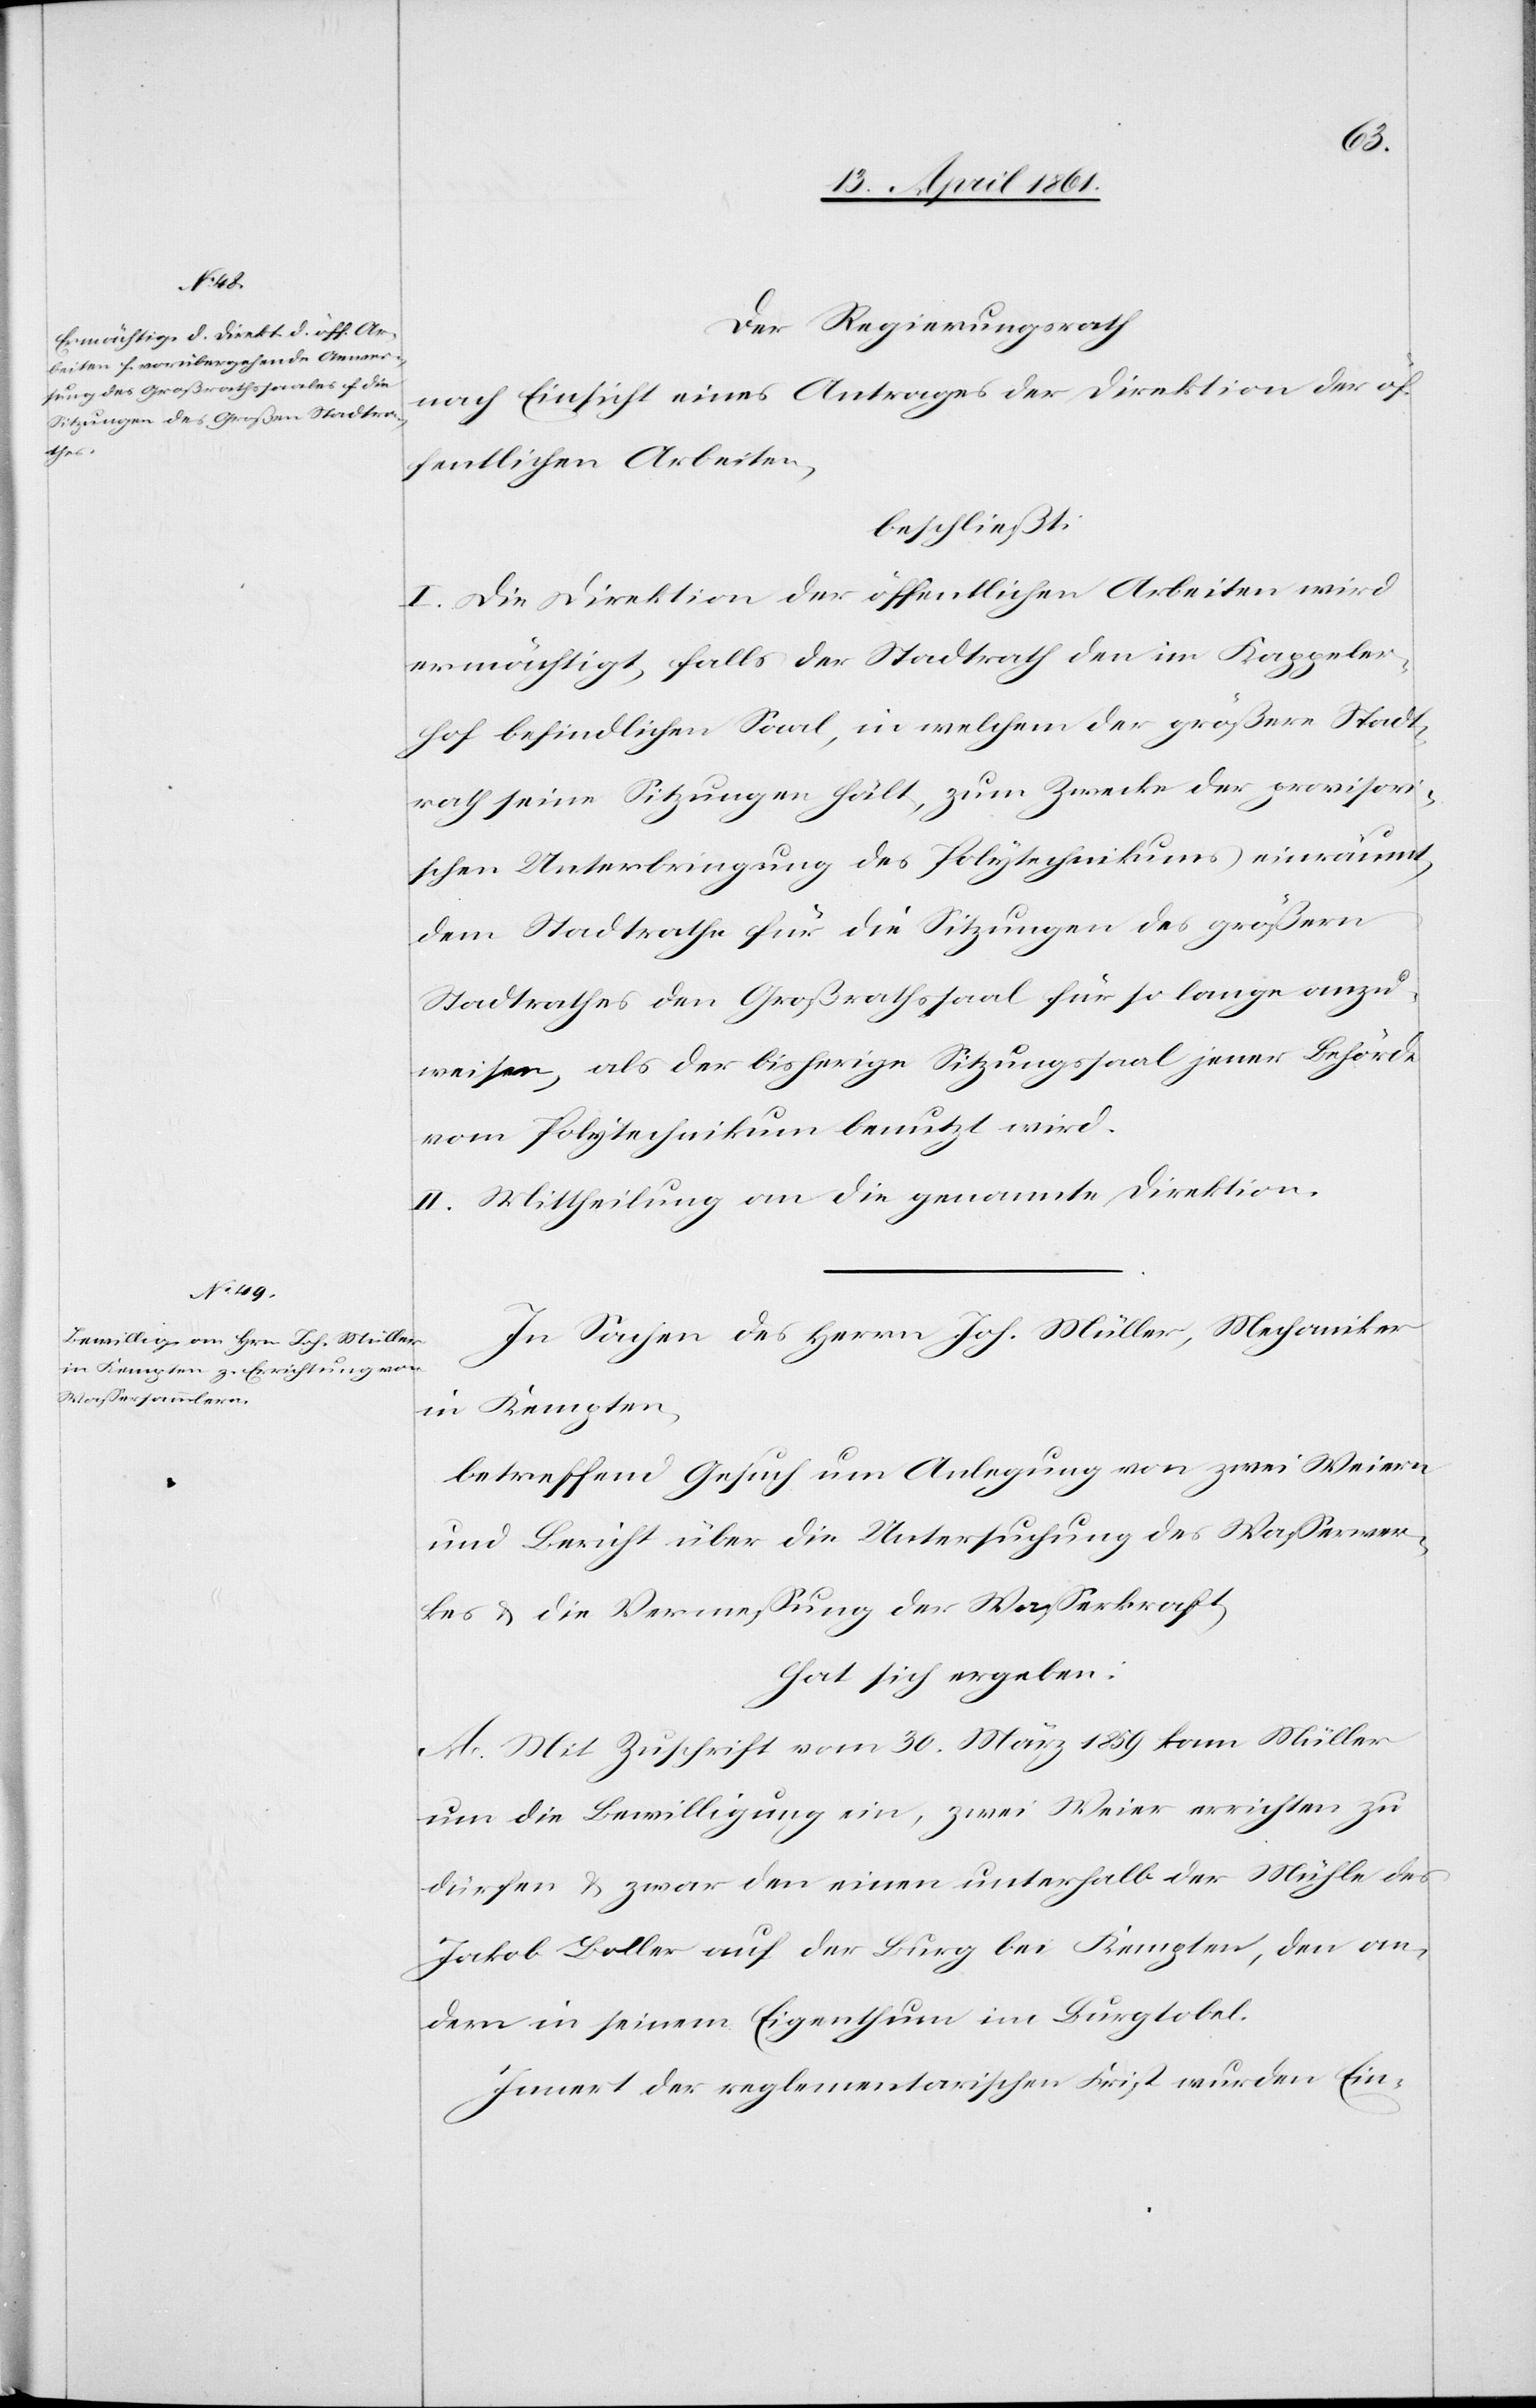
Der Regierungsrath
nach Einsicht eines Antrages der Direktion der öf¬
fentlichen Arbeiten,
beschließt:
I. Die Direktion der öffentlichen Arbeiten wird
ermächtigt, falls der Stadtrath den im Kappeler¬
hof befindlichen Saal, in welchem der größere Stadt¬
rath seine Sitzungen hält, zum Zwecke der provisori¬
schen Unterbringung des Polytechnikums einräumt,
dem Stadtrathe für die Sitzungen des größern
Stadtrathes den Großrathssaal für so lange anzu¬
weisen, als der bisherige Sitzungssaal jener Behörde
vom Polytechnikum benutzt wird.
II. Mittheilung an die genannte Direktion.
In Sachen des Herrn Joh. Müller, Mechaniker
in Kempten,
betreffend Gesuch um Anlegung von zwei Weiern
und Bericht über die Untersuchung des Wasserwer¬
kes u. die Vermessung der Wasserkraft
hat sich ergeben:
A. Mit Zuschrift vom 30. März 1859 kam Müller
um die Bewilligung ein, zwei Weier errichten zu
dürfen u. zwar den einen unterhalb der Mühle des
Jakob Boller auf der Burg bei Kempten, den an¬
dern in seinem Eigenthum im Burgtobel.
Innert der reglementarischen Frist wurden Ein-